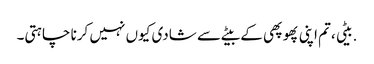
.بیٹی ،تم اپنی پھوپھی کے بیٹے سے شادی کیوں نہیں کرنا چاہتی۔